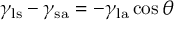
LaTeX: \gamma _ { \mathrm { l s } } - \gamma _ { \mathrm { s a } } = - \gamma _ { \mathrm { l a } } \cos \theta